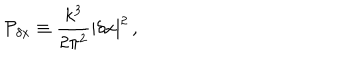
{ \cal P } _ { \delta x } \equiv { \frac { k ^ { 3 } } { 2 \pi ^ { 2 } } } | \delta x | ^ { 2 } \, ,